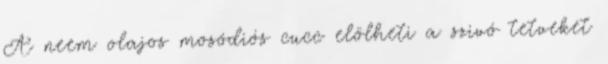
A neem olajos mosódiós cucc elölheti a szivó tetveket